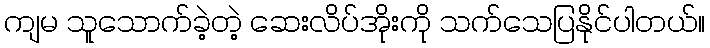
ကျမ သူသောက်ခဲ့တဲ့ ဆေးလိပ်အိုးကို သက်သေပြနိုင်ပါတယ်။